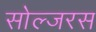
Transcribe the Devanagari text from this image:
सोल्जरस